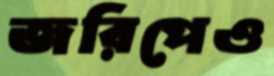
জরিপেও